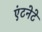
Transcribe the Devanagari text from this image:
एंटनेटे